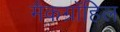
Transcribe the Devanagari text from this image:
मैकग्रॉहिल